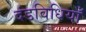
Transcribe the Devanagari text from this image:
दंडविधियाँ